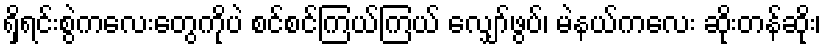
ရှိရင်းစွဲကလေးတွေကိုပဲ စင်စင်ကြယ်ကြယ် လျှော်ဖွပ်၊ မဲနယ်ကလေး ဆိုးတန်ဆိုး၊